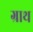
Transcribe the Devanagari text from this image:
ग्राथ